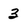
Character: 3